Vaike-Kopu_(Puiatu)_vallavalitsus, lk 50
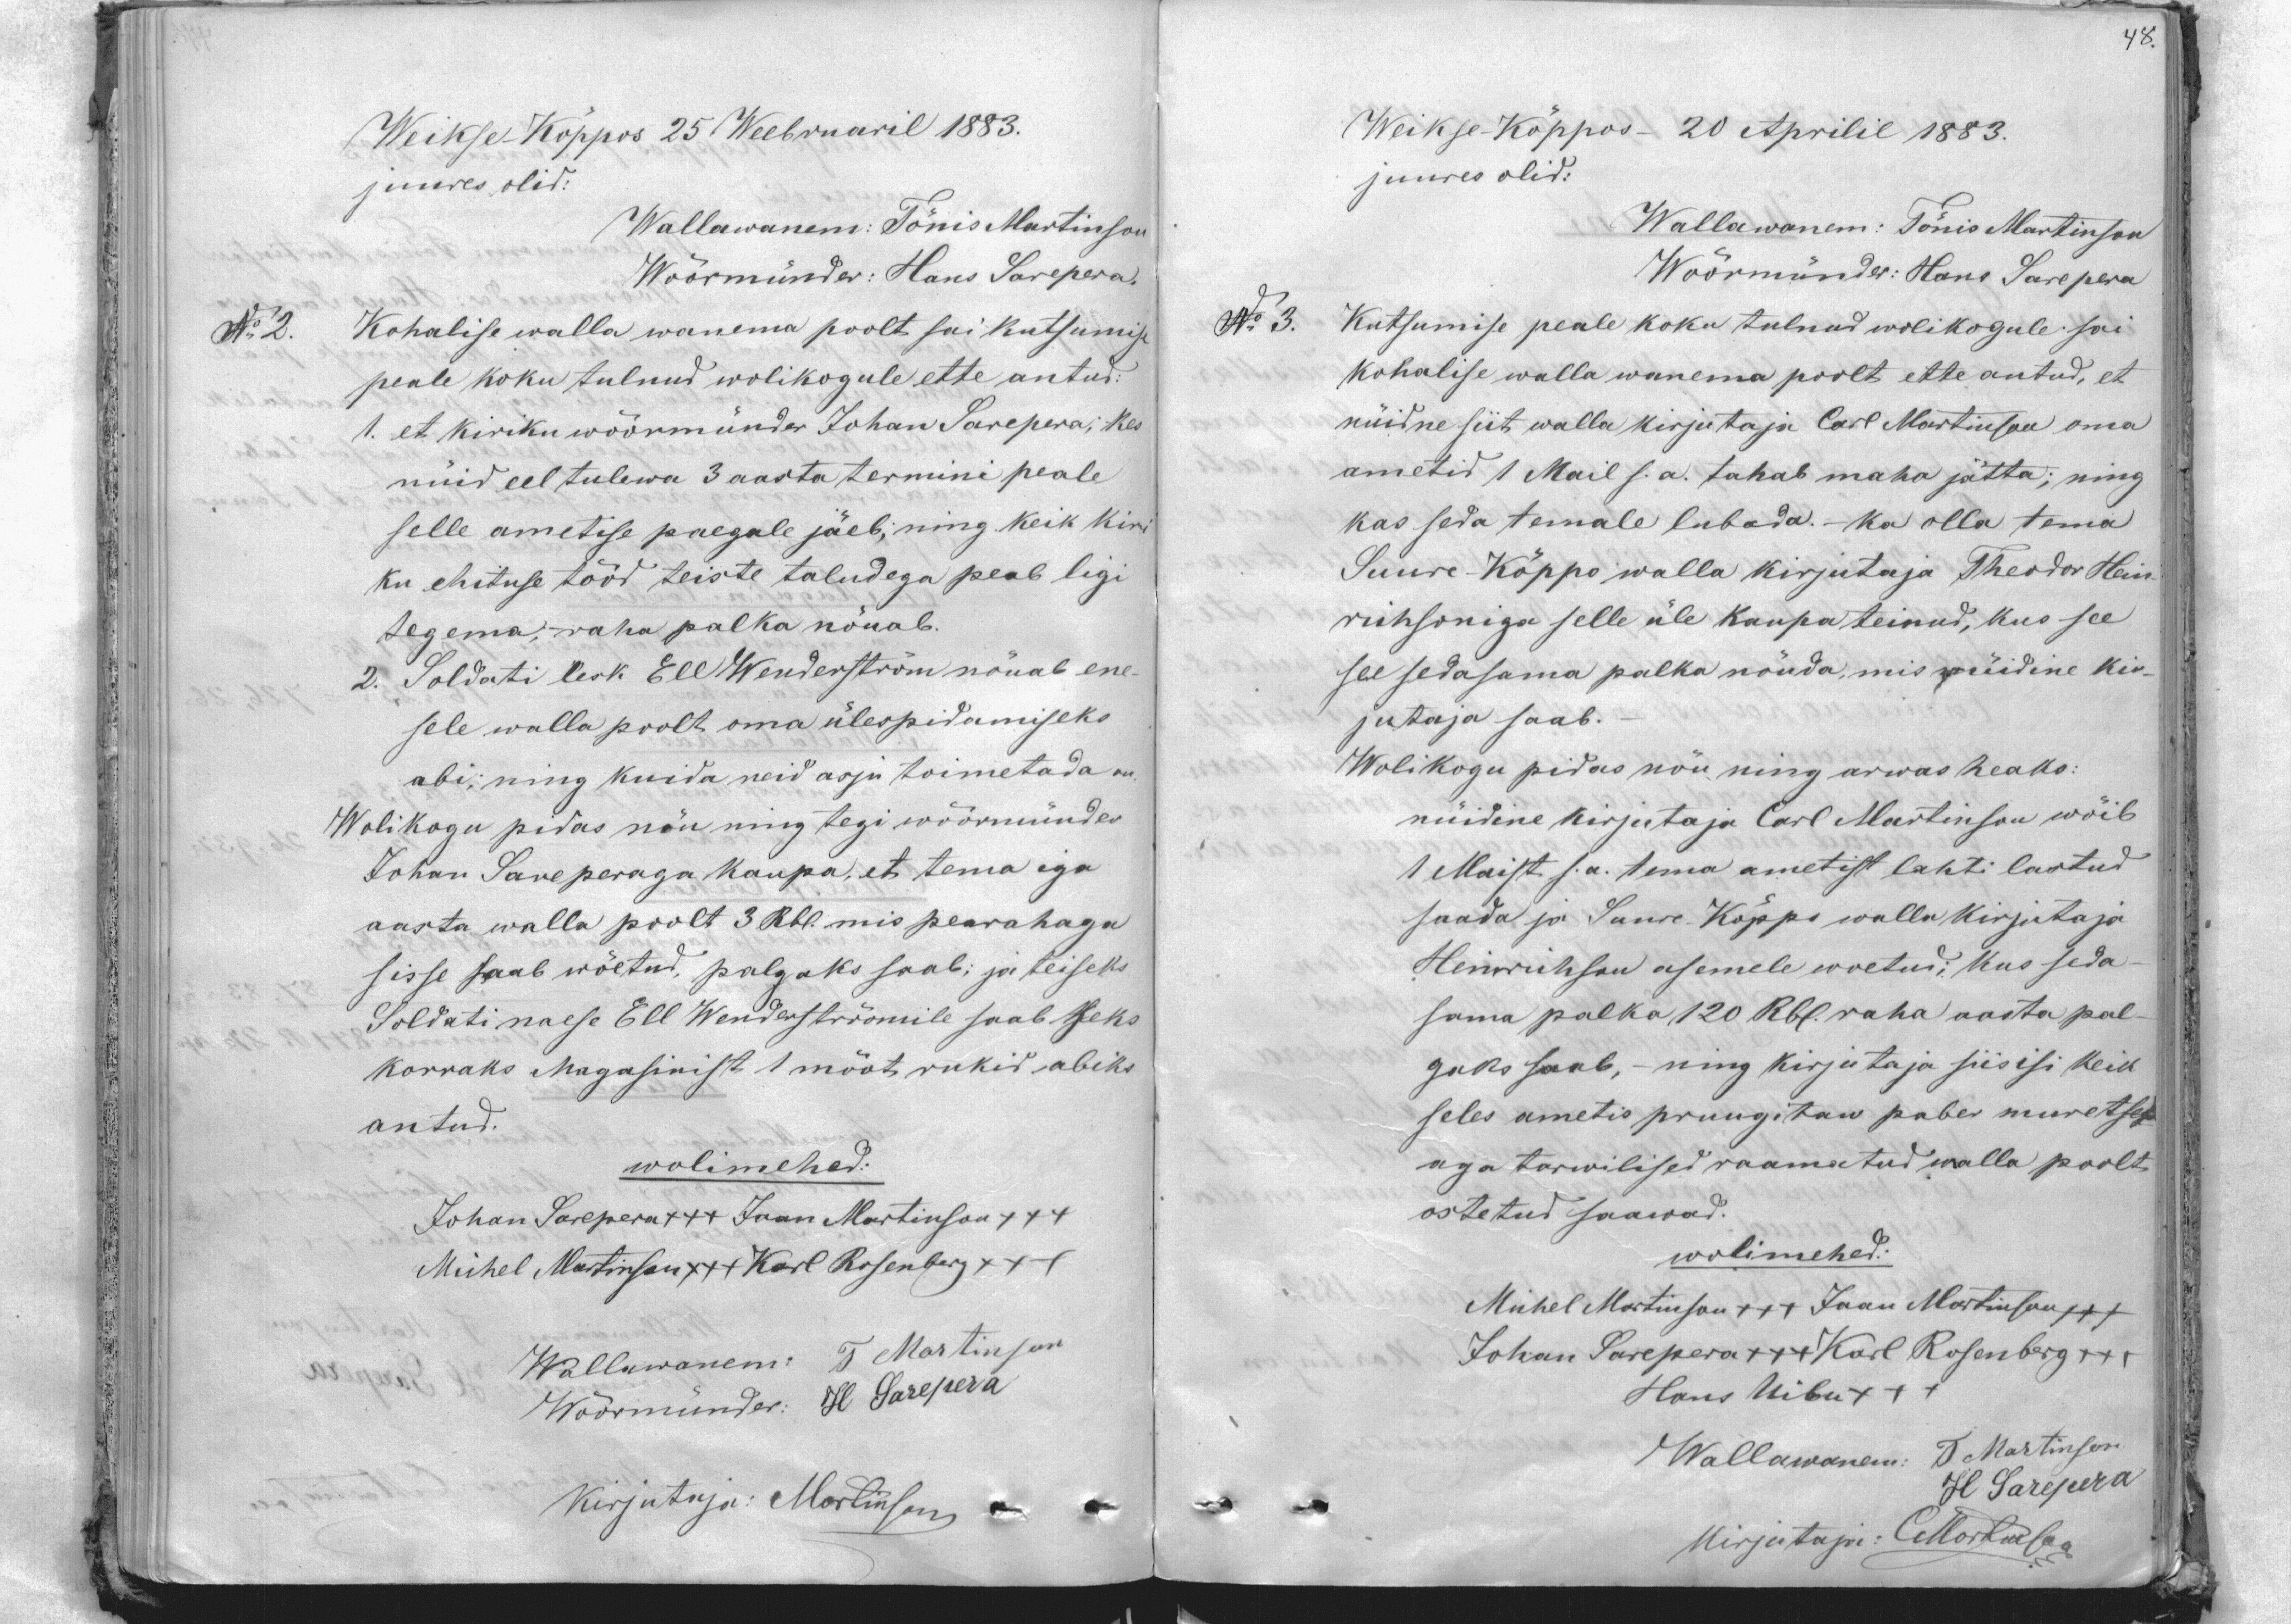
48.

Weikse Köppos 25 Weebruaril 1883.
juures olid:
Wallawanem: Tönis Martinson
Wöörmünder: Hans Sarepera.
No 2.
Kohalise walla wanema poolt sai kutsumise
peale koku tulnud wolikogule ette antud.
1. et kiriku wöörmünder Johan Sarepera; kes
nüid eel tulewa 3 aasta termini peale.
selle ametise paegale jäeb; ning keik kiri
ku ehituse tööd teiste taludega peab ligi
tegema,- raha palka nöuab.
2. Soldati lesk Ell Wenderström nöuab ene-
sele walla poolt oma ülespidamiseks
abi: ning kuida neid asju toimetada on
Wolikogu pidas nöu ning tegi wöörmünder
Johan Sareperaga kaupa, et tema iga
aasta walla poolt 3 Rbl. mis pearahaga
sisse saab wöetud, palgaks saab; ja teiseks
Soldati naese Ell Wenderströmile saab seks
korraks Magasinist 1 mööt rukid abiks
antud.
wolimehed:
Johan Sarepera +++ Jaan Martinson +++
Michel Martinson +++ Karl Rosenberg +++
Wallawanem: T Martinson
Wöörmünder: H. Sarepera
kirjutaja: Martinson

Weikse-Köppos- 20 Aprilil 1883.
juures olid:
Wallawanem: Tönis Martinson
Wöörmünder: Hans Sarepera
Nr 3. Kutsumise peale koku tulnud wolikogule sai
kohalise walla wanema poolt ette antud, et
nüidne siit walla kirjutaja Carl Martinson oma
ametid 1 Mail s.a. tahab maha jätta; ning
kas seda temale lubada.- Ka olla tema
Suure-Köppo walla kirjutaja Theodor Hein-
rihsoniga selle üle kaupa teinud, kus see
see sedasama palka nöuda, mis nüidine kir-
jutaja saab.
Wolikogu pidas nöu ning arwas heaks:
nüidine kirjutaja Carl Martinson wöib
1 Maist s.a. tema ametist lahti lastud
saada ja Suunre Köppi walla kirjutaja
Heinrihson asemele woetud: kus seda
sama palka 120 Rbl. raha aasta pal-
gaks saab, - ning kirjutaja siisisi keik
seles ametis pruugitaw paber muretsep
aga tarwilised raamatud walla poolt
ostetud saawad.
wolimehed:
Mihel Martinson +++ Jaan Martinson XXX
Johan Sarepera +++ Karl Rosenberg +++
Hans Uibu +++
Wallawanem: J Martinson
H Sarepera
kirjutaja: C Martinson